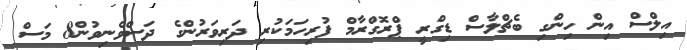
އިލްސް އިން ހިންގި ބެޗްލާސް ޑިގްރީ ޕްރޮގްރާމް ފުރިހަމަކުރި ދަރިވަރުންގެ ދަސްވެނިވުން8 މަސް